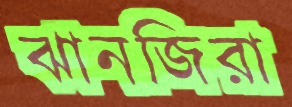
ঝানজিরা